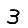
Digit: 3